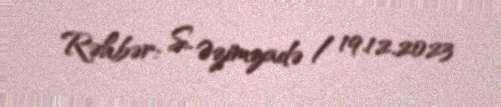
Rəhbər: S. Əzimzadə / 19.12.2023